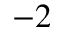
^ { - 2 }